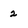
Character: 2